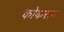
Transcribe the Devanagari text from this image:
कोकरान